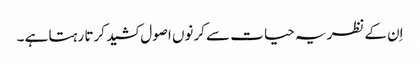
اِن کے نظریہ حیا ت سے کرنوں اصول کشید کرتا رہتا ہے ۔